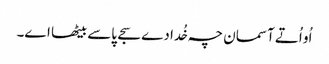
اُو اُتے آسمان چہ خُدا دے سجے پاسے بیٹھا اے۔